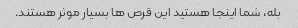
بله، شما اینجا هستید این قرص ها بسیار موثر هستند.